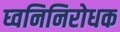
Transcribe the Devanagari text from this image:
घ्वनिनिरोधक